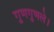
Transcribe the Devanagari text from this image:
गुणगुणले।